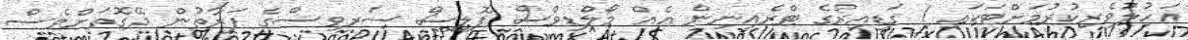
އަހުލުވެރިކުރުމަށްޓަކައި 1 ގަޑިއިރުގެ ޓްރެއިނިން އެއް މޯލްޑިވްސް ޕޮލިސް ސަރވިސްގެ ފަރާތުން ދޭގޮތަށްވެސް